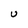
Character: U